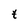
Character: t